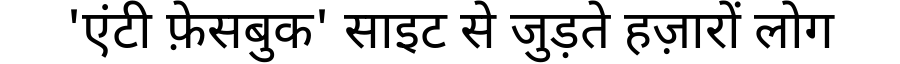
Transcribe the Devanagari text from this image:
'एंटी फ़ेसबुक' साइट से जुड़ते हज़ारों लोग